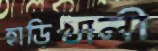
হাড়িখালী